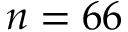
n = 6 6